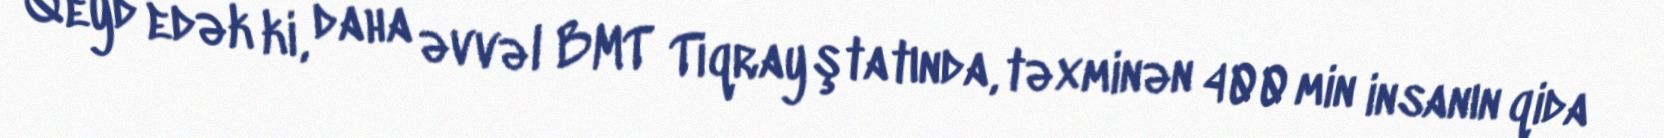
Qeyd edək ki, daha əvvəl BMT Tiqray ştatında, təxminən 400 min insanın qida